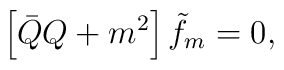
\left[\bar{Q}Q+m^2\right]\tilde{f}_m=0,